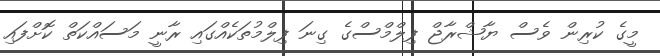
މީގެ ކުރިން ވެސް ޔާޝްރާޖް ފިލްމްސްގެ ގިނަ ފިލްމުތަކެއްގައި ރާނީ މަސައްކަތް ކޮށްފައި